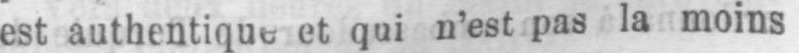
et qui n’est pas la moins